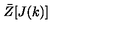
\bar { Z } [ J ( k ) ]